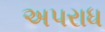
અ૫રાધ